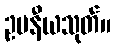
ဥပနီယသုတ်။